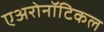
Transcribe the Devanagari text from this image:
एअरोनॉटिकल